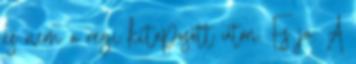
es nem a regi kitaposott uton. Es ja. A